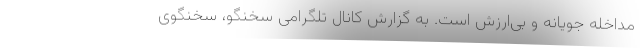
مداخله جویانه و بی‌ارزش است. به گزارش کانال تلگرامی سخنگو، سخنگوی